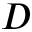
D